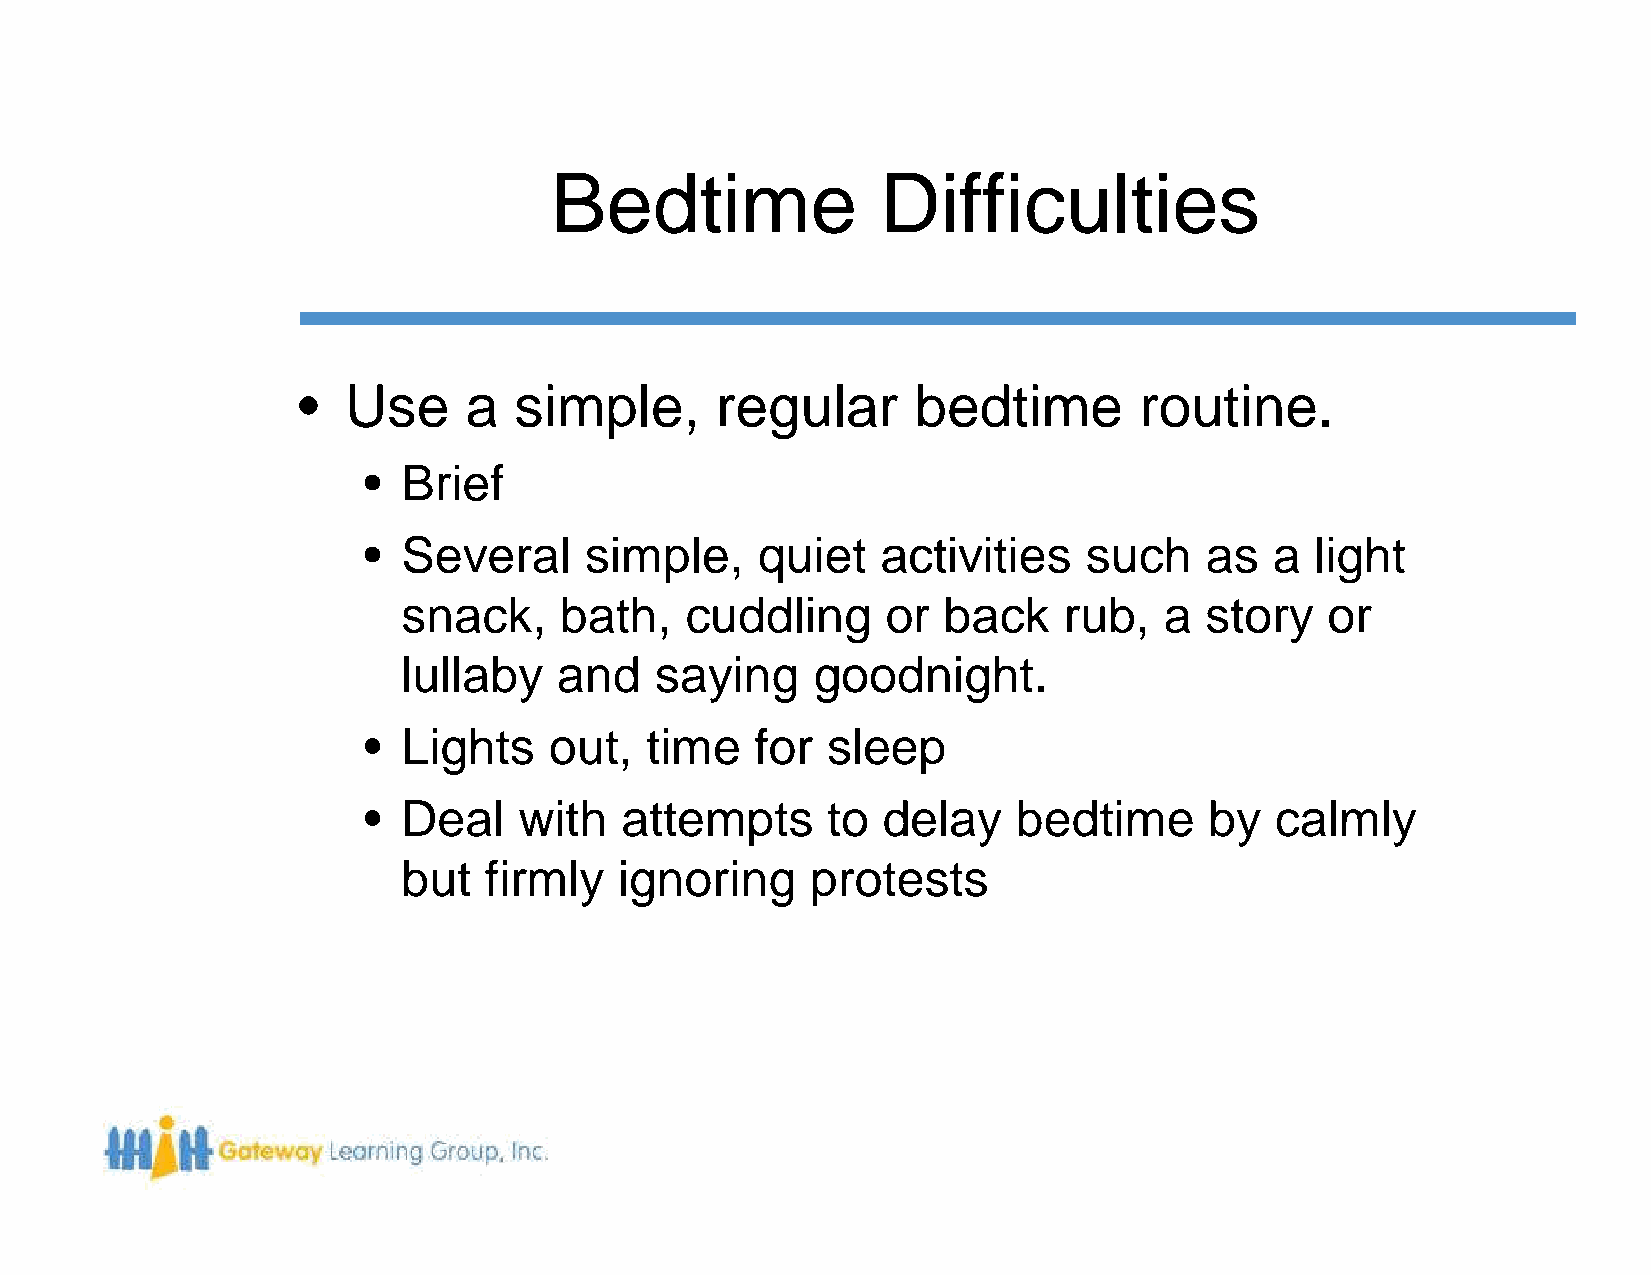
Bedtime               Difficulties
 •  Use     a  simple,      regular       bedtime       routine.
 •  Brief
 •  Several     simple,    quiet   activities    such    as  a  light
 snack,    bath,   cuddling      or back    rub,   a  story   or
 lullaby   and   saying     goodnight.
 •  Lights   out,   time   for  sleep
 •  Deal   with   attempts      to delay    bedtime      by  calmly
 but  firmly   ignoring     protests